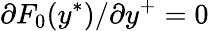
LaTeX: \partial F_{0}(y^{\ast})/\partial y^{+}=0